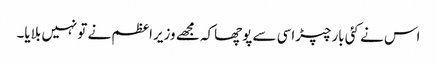
اس نے کئی بارچپڑاسی سے پوچھاکہ مجھے وزیراعظم نے تونہیں بلایا۔